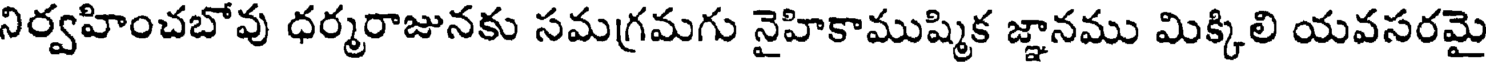
నిర్వహించబోవు ధర్మరాజునకు సమగ్రమగు నైహికాముష్మిక జ్ఞానము మిక్కిలి యవసరమై